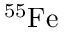
^ { 5 5 } \mathrm { F e }